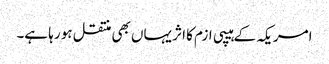
امریکہ کے ہیپی ازم کا اثر یہاں بھی منتقل ہو رہا ہے۔